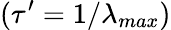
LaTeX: (\tau^{\prime}=1/\lambda_{max})